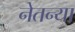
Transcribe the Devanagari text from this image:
नेतन्या